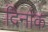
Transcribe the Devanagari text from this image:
दिनांक